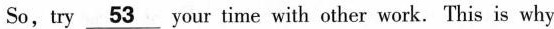
So, try \underline{53} your time with other work. This is why